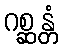
ဂစ္ဆန္တံ